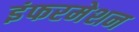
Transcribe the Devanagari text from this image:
इंफरमेशन